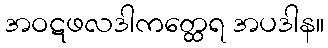
အဝဋဖလဒါကတ္ထေရ အပဒါန။